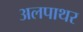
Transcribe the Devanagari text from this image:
अलपाथर